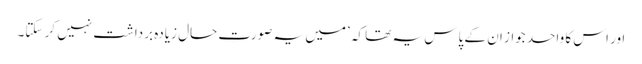
اور اس کا واحد جواز ان کے پاس یہ تھا کہ ’میں یہ صورتِ حال زیادہ برداشت نہیں کر سکتا۔